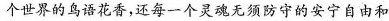
个世界的鸟语花香，还每一个灵魂无须防守的安宁自由和